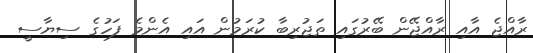
ރާއްޖެ އާއި ރާއްޖޭން ބޭރުގައި ތަޖުރިބާ ކުރަމުން އައި އެންމެ ފަހުގެ ސިޔާސީ